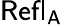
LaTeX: \mathsf{Refl_{A}}